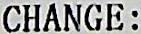
CHANGE: